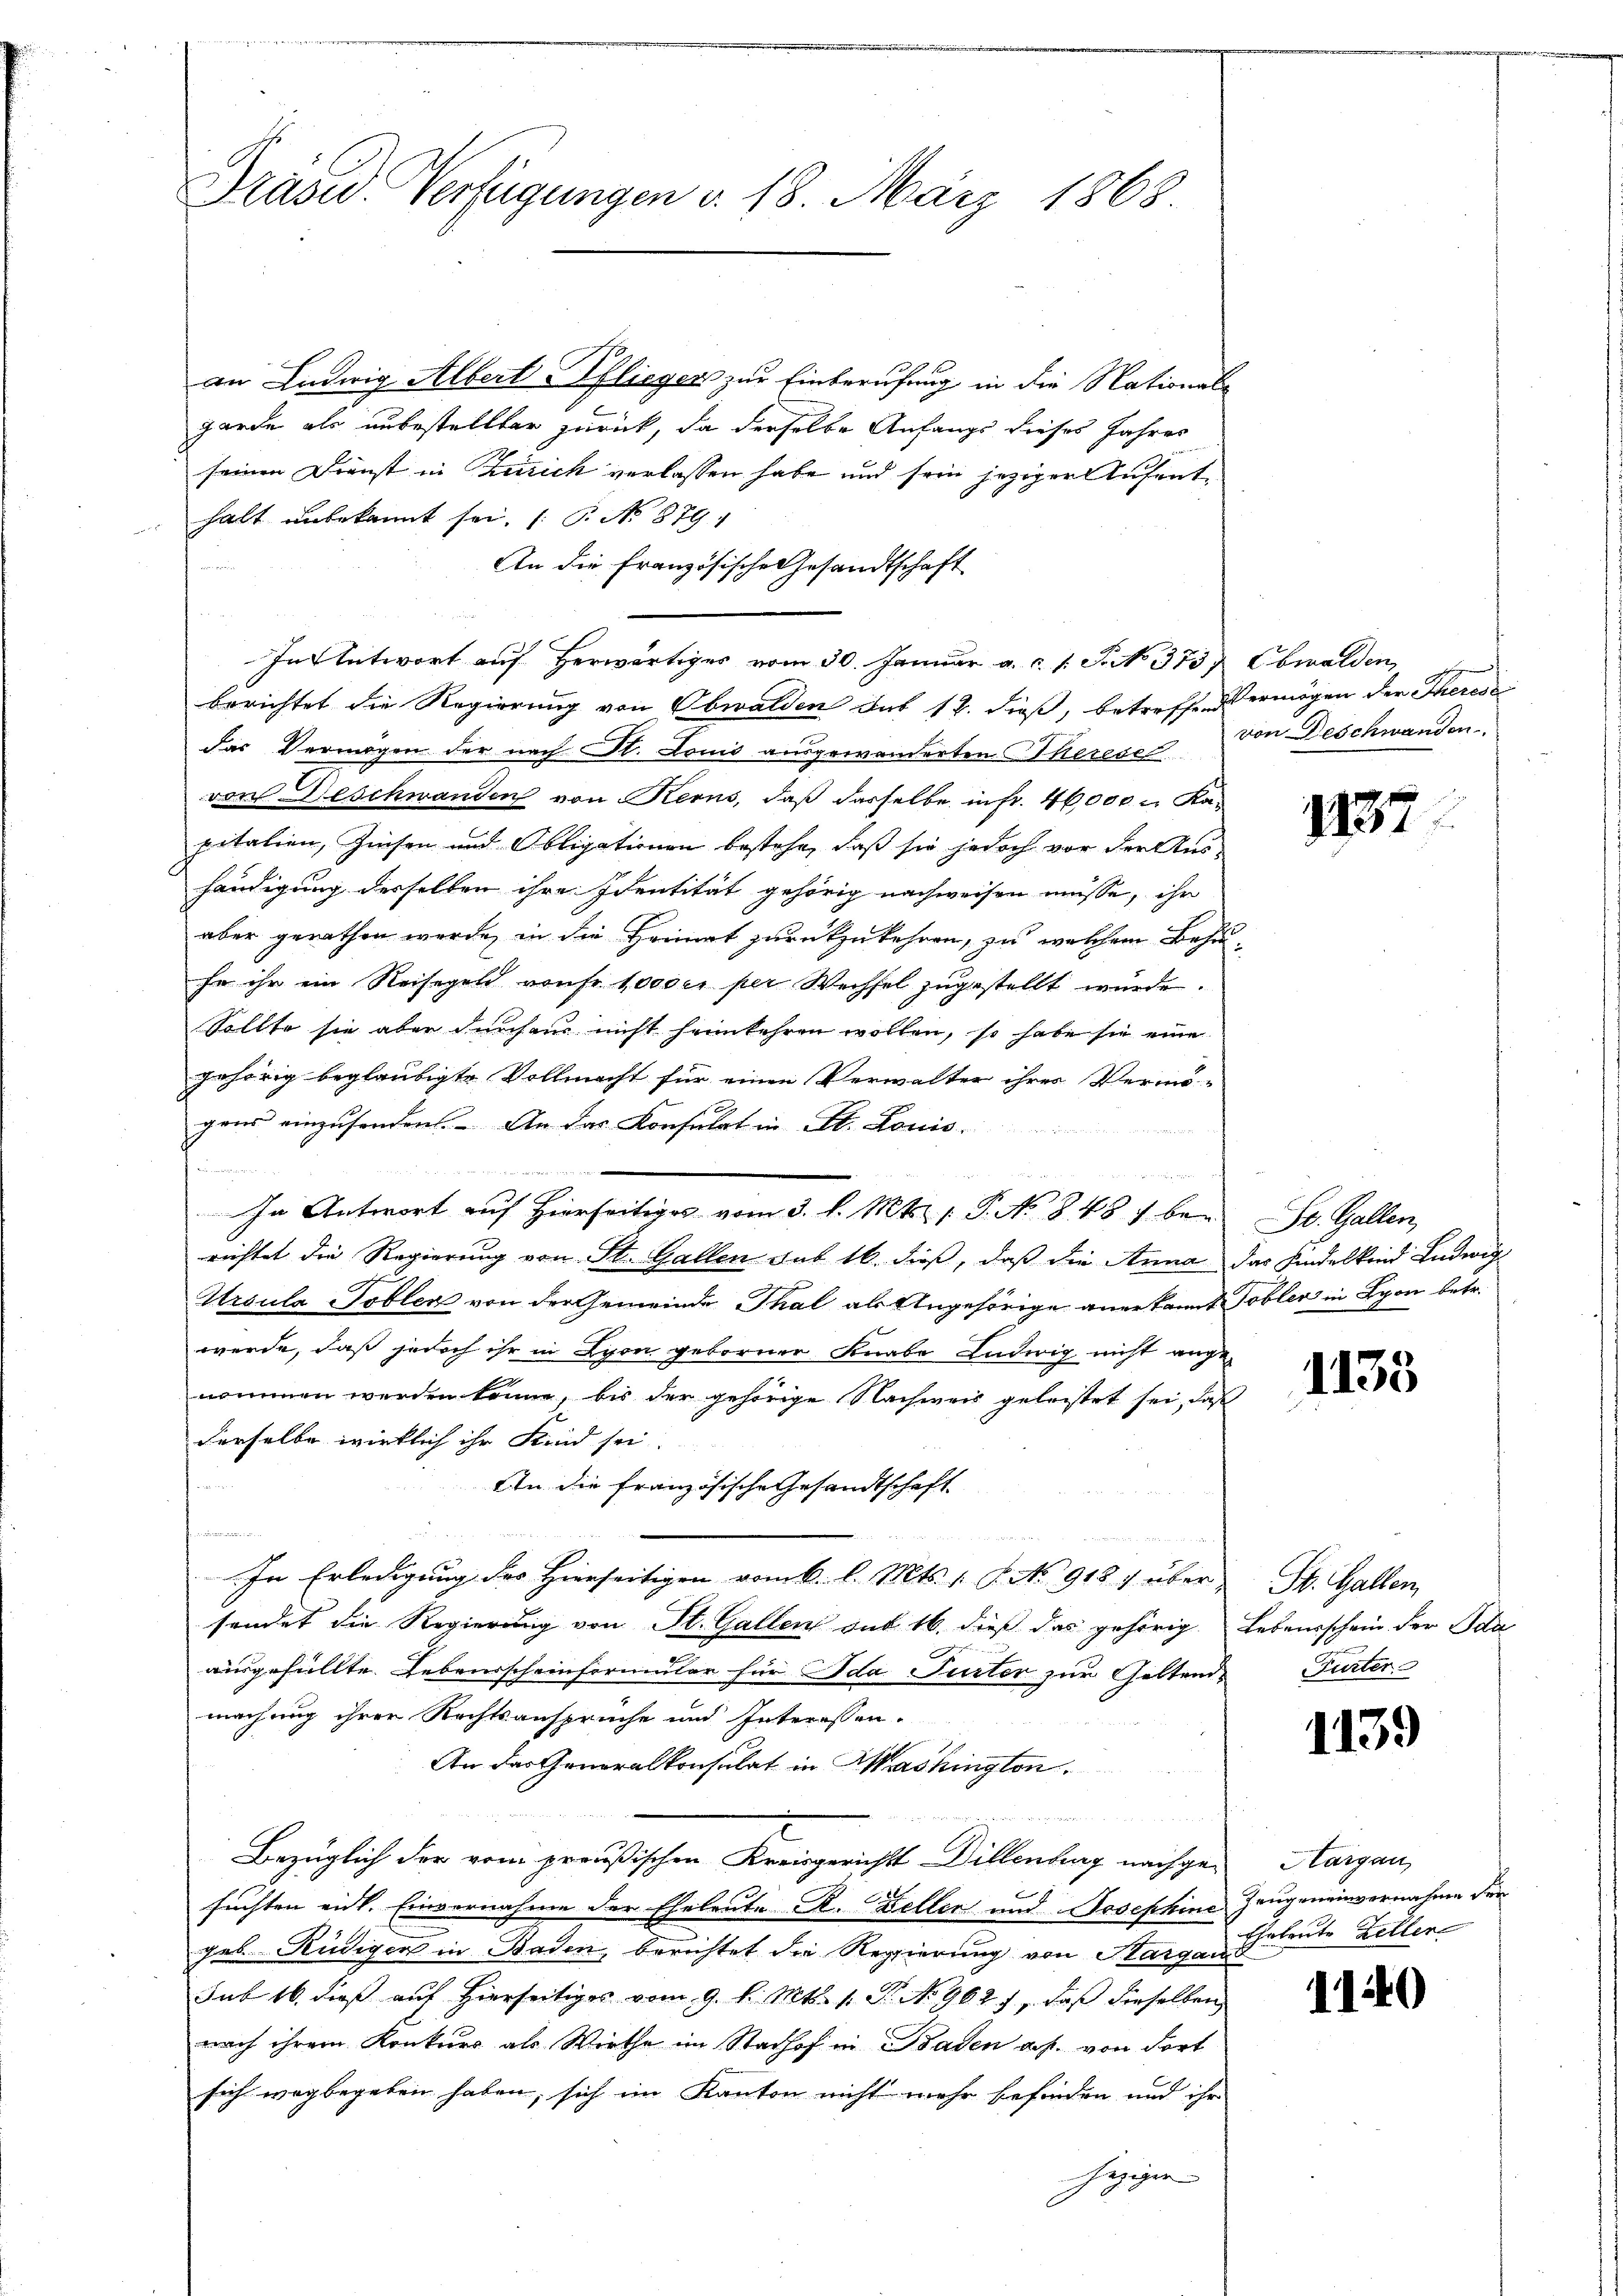
Präsid. Verfügungen v. 18. März 1868

an Ludwig Albert Pflieger zur Einberufung in die National-
garde als unbestellter zurück, da derselbe Anfangs dieses Jahres
seinen Dienst in Zürich verlassen habe und sein jeziger Aufenthalt unbekannt sei. (: P. No 879
An die französische Gesandtschaft
In Antwort auf herwärtiges vom 30. Januar a. c. s. S. No. 373. Obwalden,
berichtet die Regierung von Obwalden Sub 12. dieß, betreffend Vermögen der Theress
das Vermögen der nach St. Louis ausgewanderten Thereser
von Deschwanden von Kerns, daß dasselbe in fr. 46000 Kapitalien, Zinsen und Obligationen bestehe, daß sie jedoch vor der Aus-
händigung derselben ihre Identität gehörig nachweisen müsse, ihr
aber gerathen werde, in die Heimat zurückzukehren, zu welchem Behu
Er ihr ein Reisegeld von fr. 10000r per Wechsel zugestellt wurde.
Sollte sie aber durchaus nicht heimkehren wollen, so habe sie eine
gehörig beglaubigte Vollmacht für einen Verwalter ihres Vermö-
gens einzusenden. An das Konsulat in St. Louis-
t
una die
u
In Antwort auf Hierseitiges vom 3. l. Mts. 1 P. No 848 bei
richtet die Regierung von St. Gallen sub 16. dieß, daß die Anna das Kindelkind Ludwig
Ursula Tobler von der Gemeinde Thal als Angehörige anerkannt Tobler in Lyon betr.
werde, daß jedoch ihr in Lyon geborner Knabe Ludwig nicht angenommen werden könne, bis der gehörige Nachweis geleistet sei, daß
derselbe wirklich ihr Kind sei.
An die französische Gesandtschaft
e
u
In Erledigung des Hierseitigen vom 6. l. Mts. 1 S. No 918) über,
sendet die Regierung von St. Gallen auf 16. dieß das gehörig Lebensschein der Ida
n
ausgefüllte Lebensscheinformular für Ida Turter zur Geltend
machung ihrer Rechtsansprüche und Interessen-
An das Generalkonsulat in Washington.

Bezüglich der vom preußischen Kreisgerichts Dillenburg nachge-
suchten eit. Einvernahme der Eheleute R. Zeller und Josephine
geb. Rüdigen in Baden, berichtet die Regierung von Sargau
sub 16. dieß auf hierseitiges vom 9. d. Mts. 1. Fr. No 9627, daß dieselben
nach ihrem Konkurs als Wirthe im Stadhof in Baden ab. von dort
sich wegbegeben haben, sich im Kanton nicht mehr befinden und ihr
heziger

von Beschwanden.

1137

Dr. Gallen

1133

St. Gallen
Furter

1139

Aargau,
Zeugeneinvernahme der
Eheleute Zeller

1140